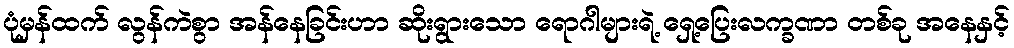
ပုံမှန်ထက် လွန်ကဲစွာ အန်နေခြင်းဟာ ဆိုးရွားသော ရောဂါများရဲ့ ရှေ့ပြေးလက္ခဏာ တစ်ခု အနေနှင့်